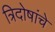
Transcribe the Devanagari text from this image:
त्रिदोषांचे